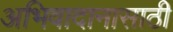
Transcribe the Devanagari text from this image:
अभिवादानासाठी